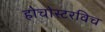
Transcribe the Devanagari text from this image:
होचोस्टरविच